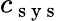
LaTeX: c_{\mathrm{~s~y~s~}}